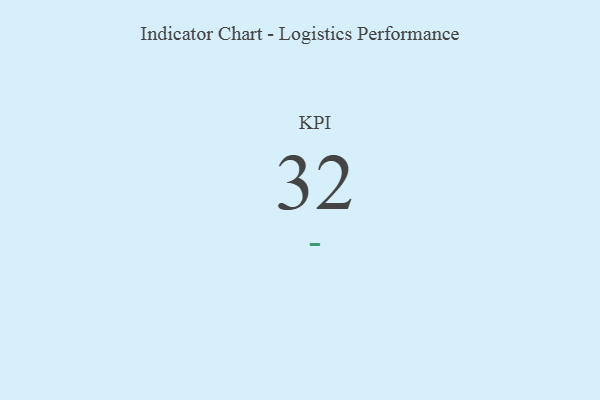
{"axis": {"x": "KPI", "y": "Value"}, "legend": [""], "data": [{"x": "KPI", "y": 32, "type": ""}]}